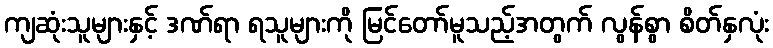
ကျဆုံးသူများနှင့် ဒဏ်ရာ ရသူများကို မြင်တော်မူသည့်အတွက် လွန်စွာ စိတ်နှလုံး